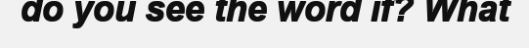
do you see the word if? What